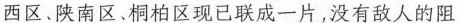
西区、陕南区、桐柏区现已联成一片，没有敌人的阻